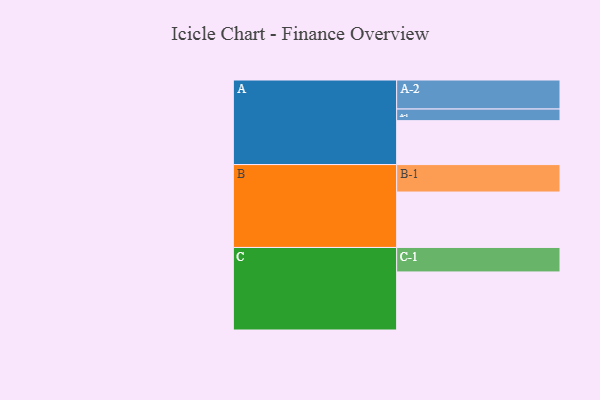
{"axis": {"x": "Segment", "y": "Value"}, "legend": ["", "A", "B", "C"], "data": [{"x": "A", "y": 366, "type": ""}, {"x": "B", "y": 462, "type": ""}, {"x": "C", "y": 484, "type": ""}, {"x": "A-1", "y": 97, "type": "A"}, {"x": "A-2", "y": 242, "type": "A"}, {"x": "B-1", "y": 229, "type": "B"}, {"x": "C-1", "y": 204, "type": "C"}]}